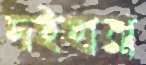
দইহারা